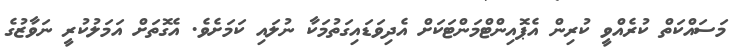
މަސައްކަތް ކުރެއްވީ ކުރިން އެޕޮއިންޓްމަންޓަކަށް އެދިވަޑައިގަތުމަކާ ނުލައި ކަމަށެވެ. އެގޮތަށް އަމަލުކުރީ ނަވާޒުގެ